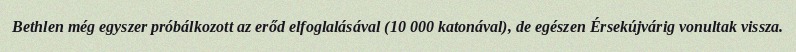
Bethlen még egyszer próbálkozott az erőd elfoglalásával (10 000 katonával), de egészen Érsekújvárig vonultak vissza.